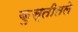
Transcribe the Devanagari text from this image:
कुस्तीतले